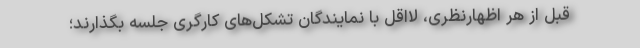
قبل از هر اظهارنظری، لااقل با نمایندگان تشکل‌های کارگری جلسه بگذارند؛